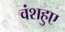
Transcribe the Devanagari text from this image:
वंशहुए